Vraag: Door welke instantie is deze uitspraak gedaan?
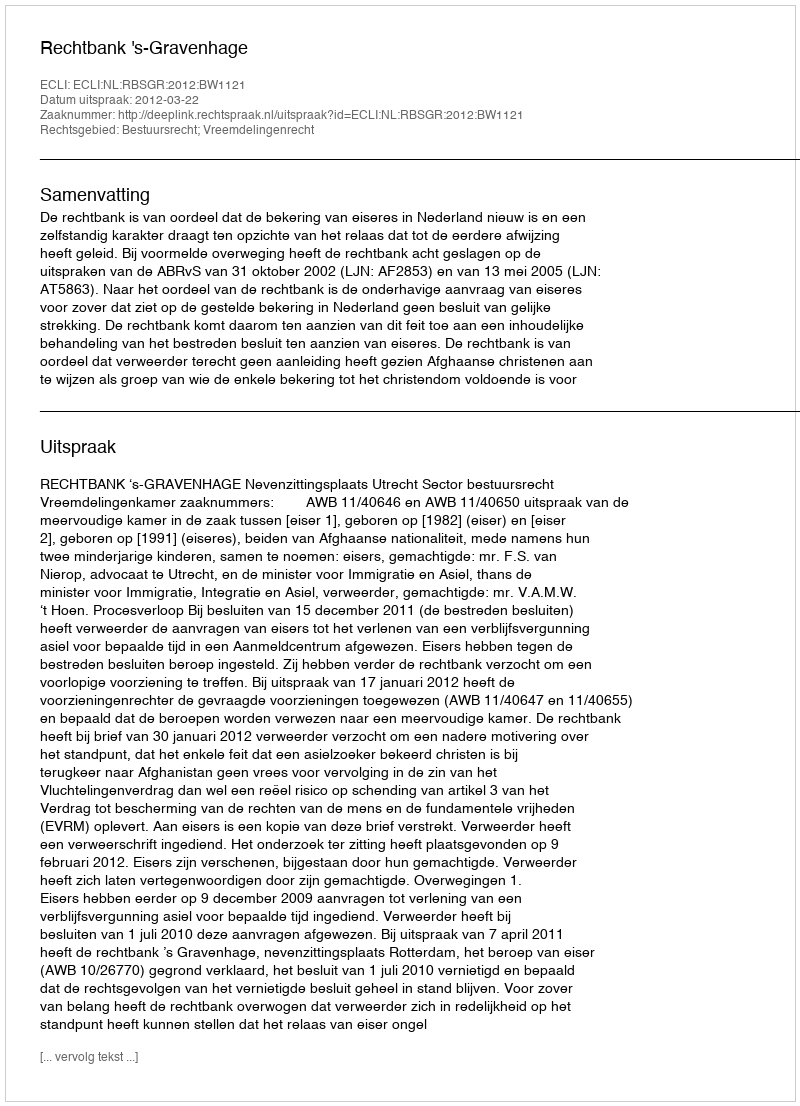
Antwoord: Rechtbank 's-Gravenhage